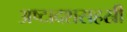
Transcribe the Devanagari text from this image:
अष्टादशसहस्री